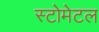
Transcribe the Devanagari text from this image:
स्टोमेटल